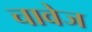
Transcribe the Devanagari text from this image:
चावेज